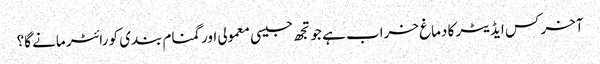
آخر کس ایڈیٹر کا دماغ خراب ہے جو تجھ جیسی معمولی اور گمنام بندی کو رائٹر مانے گا؟